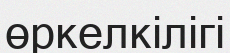
өркелкілігі